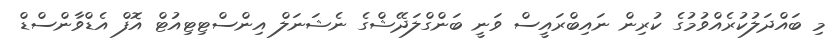
މި ބައްދަލުކުރެއްވުމުގެ ކުރިން ނައިބްރައީސް ވަނީ ބަންގްލަދޭޝްގެ ނެޝަނަލް އިންސްޓިޓިއުޓް އޮފް އެޑްވާންސްޑް